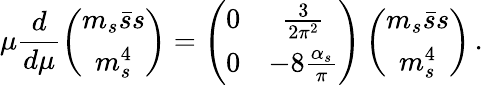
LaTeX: \mu\frac{d}{d\mu}\left(\begin{array}{c}{{m_{s}\bar{s}s}}\\ {{m_{s}^{4}}}\end{array}\right)=\left(\begin{array}{cc}{{0}}&{{\frac{3}{2\pi^{2}}}}\\ {{0}}&{{-8\frac{\alpha_{s}}{\pi}}}\end{array}\right)\left(\begin{array}{c}{{m_{s}\bar{s}s}}\\ {{m_{s}^{4}}}\end{array}\right)\, .